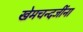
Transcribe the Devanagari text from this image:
खेमचन्दजींना